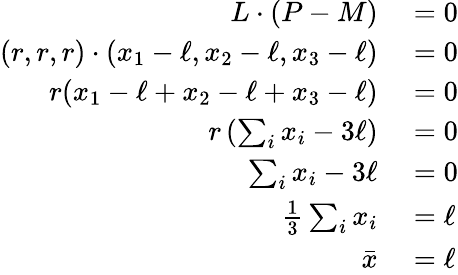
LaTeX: \begin{array}{rl}{L\cdot(P-M)}&{{}=0}\\ {(r,r,r)\cdot(x_{1}-\ell,x_{2}-\ell,x_{3}-\ell)}&{{}=0}\\ {r(x_{1}-\ell+x_{2}-\ell+x_{3}-\ell)}&{{}=0}\\ {r\left(\sum_{i}x_{i}-3\ell\right)}&{{}=0}\\ {\sum_{i}x_{i}-3\ell}&{{}=0}\\ {{\frac{1}{3}}\sum_{i}x_{i}}&{{}=\ell}\\ {{\bar{x}}}&{{}=\ell}\end{array}